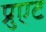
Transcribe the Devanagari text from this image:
प्रुएट